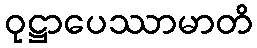
ဝုဋ္ဌာပေဿာမာတိ